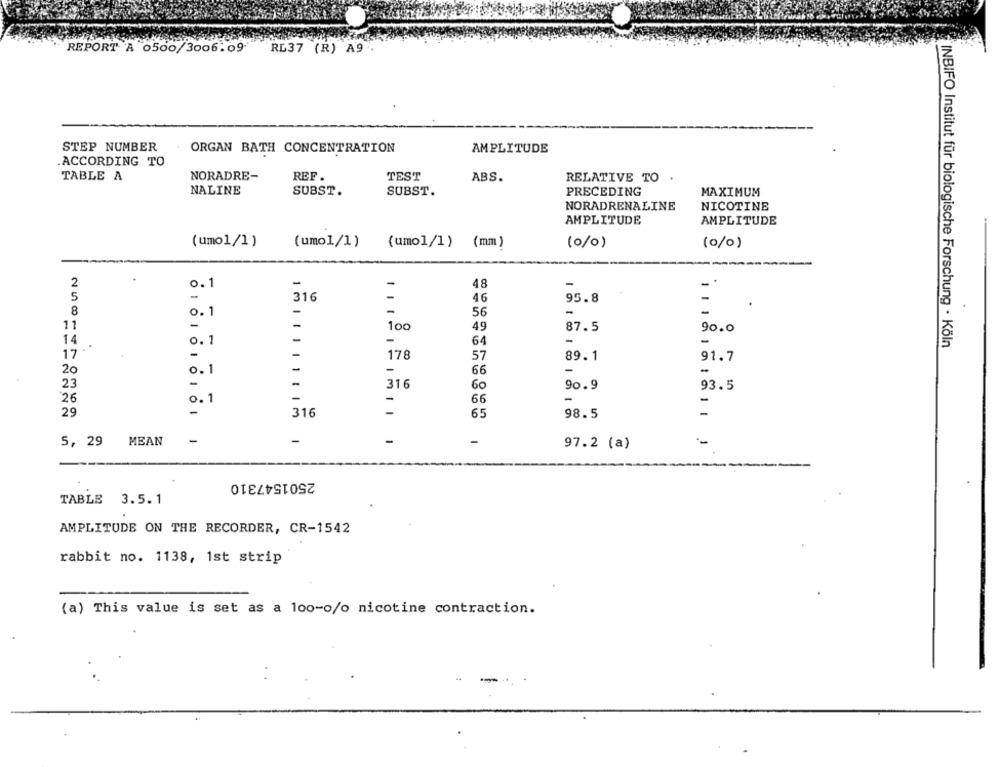
REPORT A 0500/3006.09
RL37 (R) A9.
STEP NUMBER
ORGAN BATH CONCENTRATION
AMPLITUDE
.ACCORDING TO
TABLE A
NORADRE-
REF.
TEST
ABS.
RELATIVE TO
NALINE
SUBST.
SUBST.
PRECEDING
MAXIMUM
NORADRENALINE
NICOTINE
AMPLITUDE
AMPLITUDE
(umo1/1)
(umol/1)
(umol/1 ) (mm)
(0/0)
(0/0)
2
0.1
-
48
-
5
-
316
-
46
95.8
8
0.1
-
-
56
11
-
100
49
87.5
90.0
14
o.
-
64
-
INBIFO Institut für biologische Forschung - Köln
17
-
178
57
89.1
91.7
-
-
-
20
0 .1
66
23
-
-
316
60
90.9
93.5
26
-
-
0 .1
-
66
-
29
316
65
98.5
-
5, 29
MEAN
-
-
-
97.2 (a)
-
2501547310
TABLE 3.5.1
AMPLITUDE ON THE RECORDER, CR-1542
rabbit no. 1138, 1st strip
(a) This value is set as a 100-o/o nicotine contraction.
-